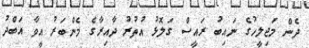
ދެން މަޖިލީހުގެ ނައިބު ރައީސް ގަލޮޅު އުތުރު ދާއިރާގެ މެންބަރު އީވާ އަބްދު